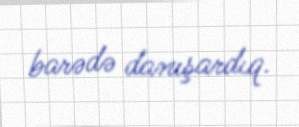
barədə danışardıq.